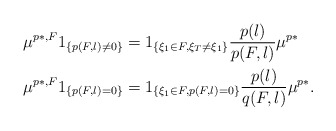
\begin{align*}\mu^{p*,F}1_{\{p(F,l)\neq 0\}} &= 1_{\{\xi_1\in F,\xi_T\neq\xi_1\}}\frac{p(l)}{p(F,l)}\mu^{p*}\\\mu^{p*,F}1_{\{p(F,l)=0\}} &= 1_{\{\xi_1\in F,p(F,l)=0\}}\frac{p(l)}{q(F,l)}\mu^{p*}.\end{align*}